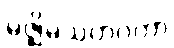
မဇ္ဈိမသဟဂတာ